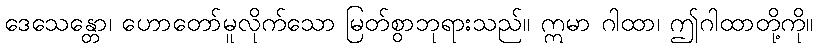
ဒေသေန္တော၊ ဟောတော်မူလိုက်သော မြတ်စွာဘုရားသည်။ ဣမာ ဂါထာ၊ ဤဂါထာတို့ကို။